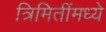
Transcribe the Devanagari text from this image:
त्रिमितींमध्ये